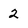
Character: 2